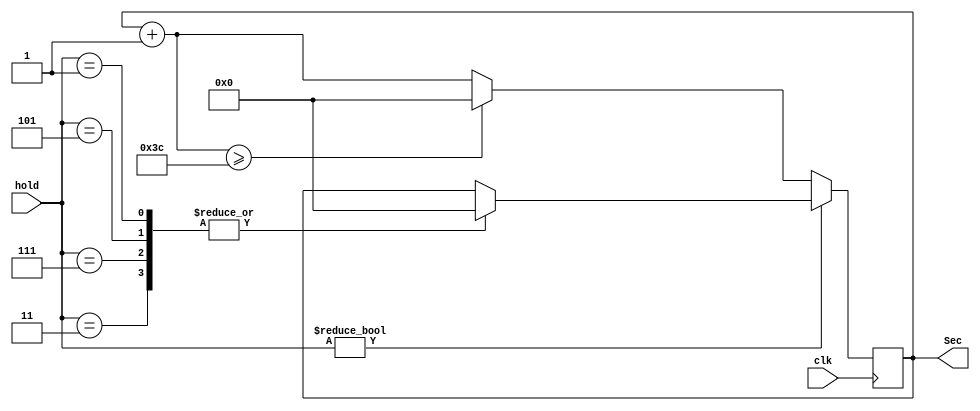
/*!>
* second output module
*
*+ Input +* 
* clk 		- clock source input positive edge
* 3bit hold - for suspend minute suspend
*
*
*+ Output +* 
*  6bit hour - second value
*
*
<!*/
module SecConverter (
input clk,
input [2:0]hold,
output reg [5:0]Sec
);

always @(posedge clk)
	begin
		if( hold )
			begin
				case ( hold )
				3'b001,
				3'b101,
				3'b111,
				3'b011:
					begin
						Sec <= 6'd0;
					end
//				3'b010,
//				3'b100,
//				3'b110,
				default:
					begin
//						Sec <= 6'd0;
					end
				endcase 
			end
		else
			begin
				Sec = Sec + 6'd1;
				if( Sec >= 6'd60 )
					begin
						Sec <= 6'd0;
					end
			end
	end
endmodule